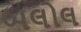
બલોલ